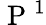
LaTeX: \mathrm{~P~}^{1}